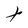
Character: t